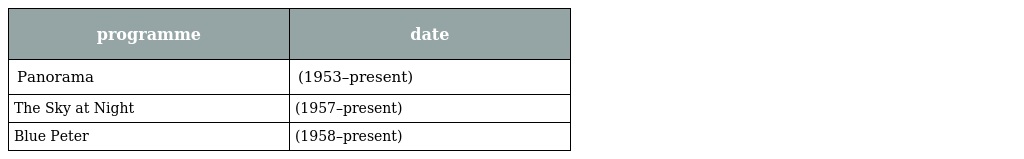
| programme | date |
 | --- | --- |
 | Panorama | (1953–present) |
 | The Sky at Night | (1957–present) |
 | Blue Peter | (1958–present) |